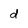
Character: d